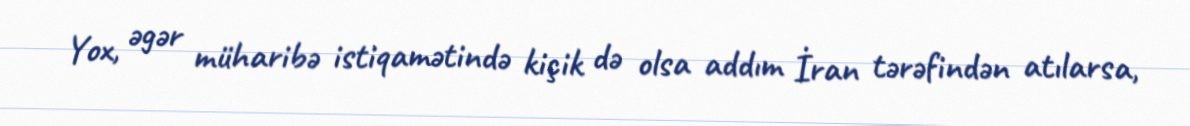
Yox, əgər müharibə istiqamətində kiçik də olsa addım İran tərəfindən atılarsa,